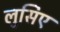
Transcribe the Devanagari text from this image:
लुसिए